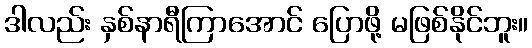
ဒါလည်း နှစ်နာရီကြာအောင် ပြောဖို့ မဖြစ်နိုင်ဘူး။